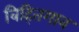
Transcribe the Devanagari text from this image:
विहितगाव